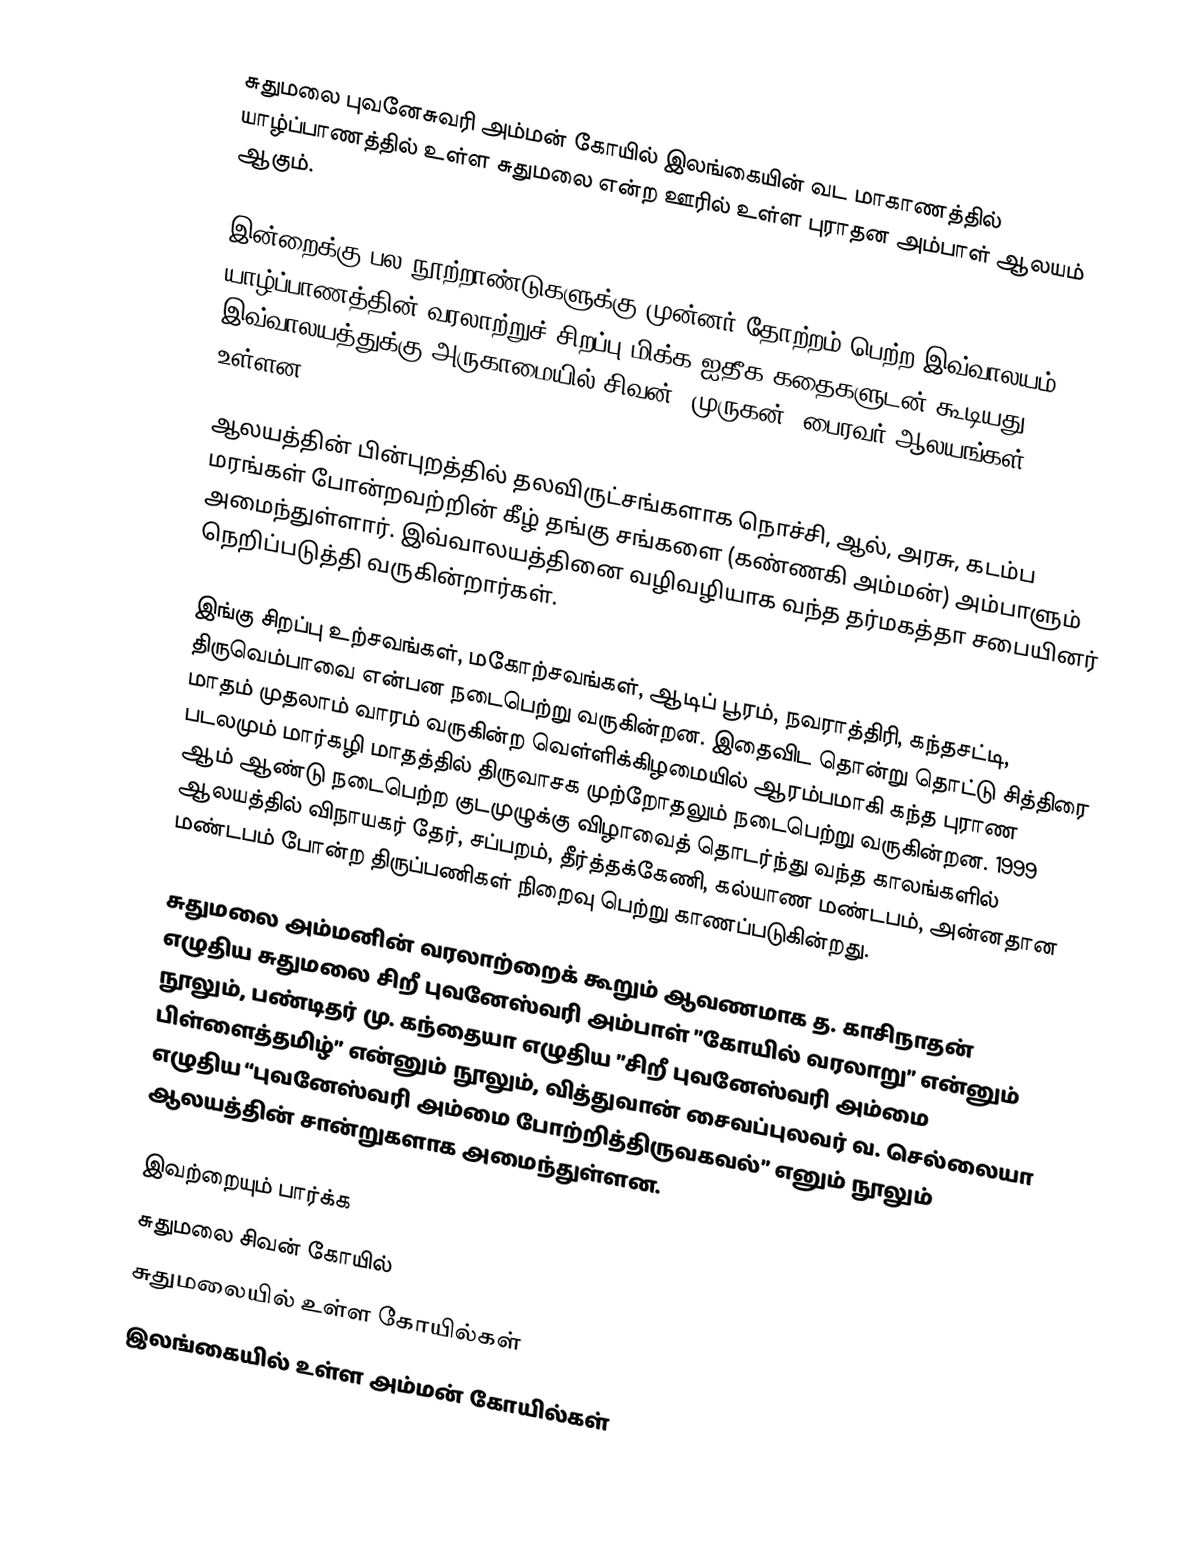
சுதுமலை புவனேசுவரி அம்மன் கோயில் இலங்கையின் வட மாகாணத்தில் யாழ்ப்பாணத்தில் உள்ள சுதுமலை என்ற ஊரில் உள்ள புராதன அம்பாள் ஆலயம் ஆகும்.

இன்றைக்கு பல நூற்றாண்டுகளுக்கு முன்னர் தோற்றம் பெற்ற இவ்வாலயம் யாழ்ப்பாணத்தின் வரலாற்றுச் சிறப்பு மிக்க ஐதீக கதைகளுடன் கூடியது. இவ்வாலயத்துக்கு அருகாமையில் சிவன், முருகன், பைரவர் ஆலயங்கள் உள்ளன.

ஆலயத்தின் பின்புறத்தில் தலவிருட்சங்களாக நொச்சி, ஆல், அரசு, கடம்ப மரங்கள் போன்றவற்றின் கீழ் தங்கு சங்களை (கண்ணகி அம்மன்) அம்பாளும் அமைந்துள்ளார். இவ்வாலயத்தினை வழிவழியாக வந்த தர்மகத்தா சபையினர் நெறிப்படுத்தி வருகின்றார்கள்.

இங்கு சிறப்பு உற்சவங்கள், மகோற்சவங்கள், ஆடிப் பூரம், நவராத்திரி, கந்தசட்டி, திருவெம்பாவை என்பன நடைபெற்று வருகின்றன. இதைவிட தொன்று தொட்டு சித்திரை மாதம் முதலாம் வாரம் வருகின்ற வெள்ளிக்கிழமையில் ஆரம்பமாகி கந்த புராண படலமும் மார்கழி மாதத்தில் திருவாசக முற்றோதலும் நடைபெற்று வருகின்றன. 1999 ஆம் ஆண்டு நடைபெற்ற குடமுழுக்கு விழாவைத் தொடர்ந்து வந்த காலங்களில் ஆலயத்தில் விநாயகர் தேர், சப்பறம், தீர்த்தக்கேணி, கல்யாண மண்டபம், அன்னதான மண்டபம் போன்ற திருப்பணிகள் நிறைவு பெற்று காணப்படுகின்றது.

சுதுமலை அம்மனின் வரலாற்றைக் கூறும் ஆவணமாக த. காசிநாதன் எழுதிய சுதுமலை சிறீ புவனேஸ்வரி அம்பாள் ”கோயில் வரலாறு” என்னும் நூலும், பண்டிதர் மு. கந்தையா எழுதிய ”சிறீ புவனேஸ்வரி அம்மை பிள்ளைத்தமிழ்” என்னும் நூலும், வித்துவான் சைவப்புலவர் வ. செல்லையா எழுதிய “புவனேஸ்வரி அம்மை போற்றித்திருவகவல்” எனும் நூலும் ஆலயத்தின் சான்றுகளாக அமைந்துள்ளன.

இவற்றையும் பார்க்க
சுதுமலை சிவன் கோயில்
சுதுமலையில் உள்ள கோயில்கள்
இலங்கையில் உள்ள அம்மன் கோயில்கள்